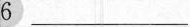
6 ___